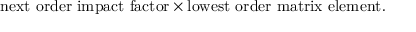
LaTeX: \mathrm { n e x t ~ o r d e r ~ i m p a c t ~ f a c t o r } \times \mathrm { l o w e s t ~ o r d e r ~ m a t r i x ~ e l e m e n t } .